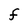
Character: F